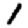
Digit: 1